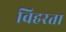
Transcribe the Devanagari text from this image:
विहरता